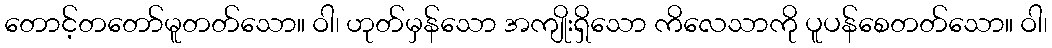
တောင့်တတော်မူတတ်သော။ ဝါ၊ ဟုတ်မှန်သော အကျိုးရှိသော ကိလေသာကို ပူပန်စေတတ်သော။ ဝါ၊